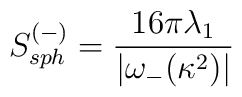
S_{sph}^{(-)}=\frac{16\pi\lambda_1}{|\omega_-(\kappa^2)|}